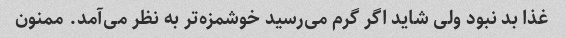
غذا بد نبود ولی شاید اگر گرم می‌رسید خوشمزه‌تر به نظر می‌آمد. ممنون